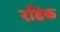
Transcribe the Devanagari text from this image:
रडिक